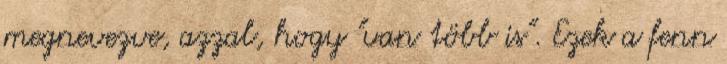
megnevezve, azzal, hogy "van több is". Ezek a fenn